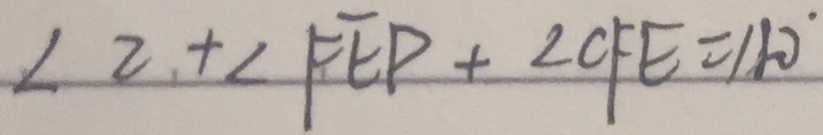
\angle 2 + \angle F E P + \angle C F E = 1 8 0 ^ { \circ }